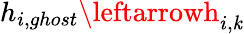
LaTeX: h_{i,ghost}\leftarrowh_{i,\mathit{k}}